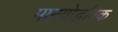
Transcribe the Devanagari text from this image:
मानवोद्भविक